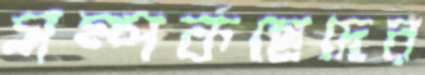
সম্পর্কছেদের